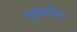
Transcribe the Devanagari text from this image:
मुखसहित